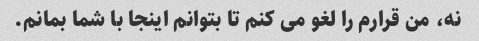
نه، من قرارم را لغو می کنم تا بتوانم اینجا با شما بمانم.